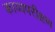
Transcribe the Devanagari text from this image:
काव्यपरीक्षण